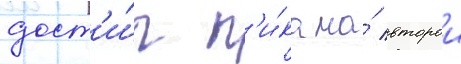
дост'и́г п'и́ка на́ второи